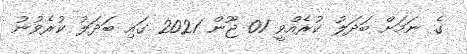
ގެ ނަމަށް ބަދަލު ކުރެއްވީ 01 ޖޫން 2021 ގައި ބަދަލު ކުރެވުނު